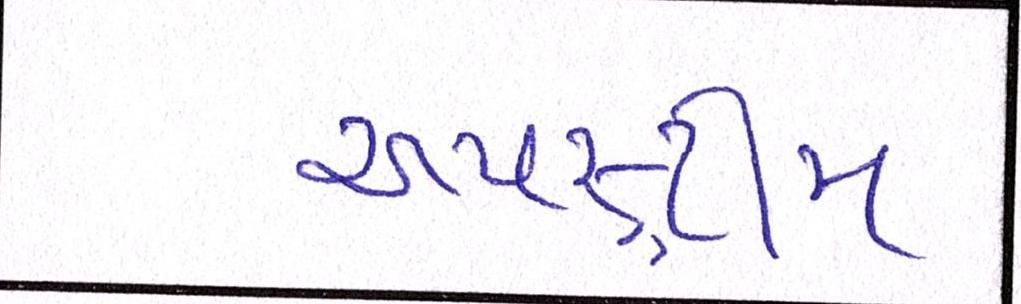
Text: અપસ્ટ્રીમ